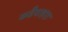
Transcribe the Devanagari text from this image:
कडैयाहाट